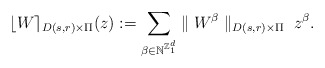
\begin{align*}\lfloor W\rceil_{D(s,r)\times\Pi}(z):=\sum_{\beta\in\mathbb{N}^{{\mathbb{Z}_1^d}}}\parallel W^{\beta}\parallel_{D(s,r)\times\Pi}\;z^{\beta}.\end{align*}